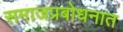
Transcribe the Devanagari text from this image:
समाजप्रबोधनात